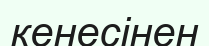
кенесінен